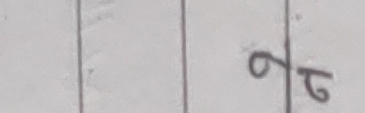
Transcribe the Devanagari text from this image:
प